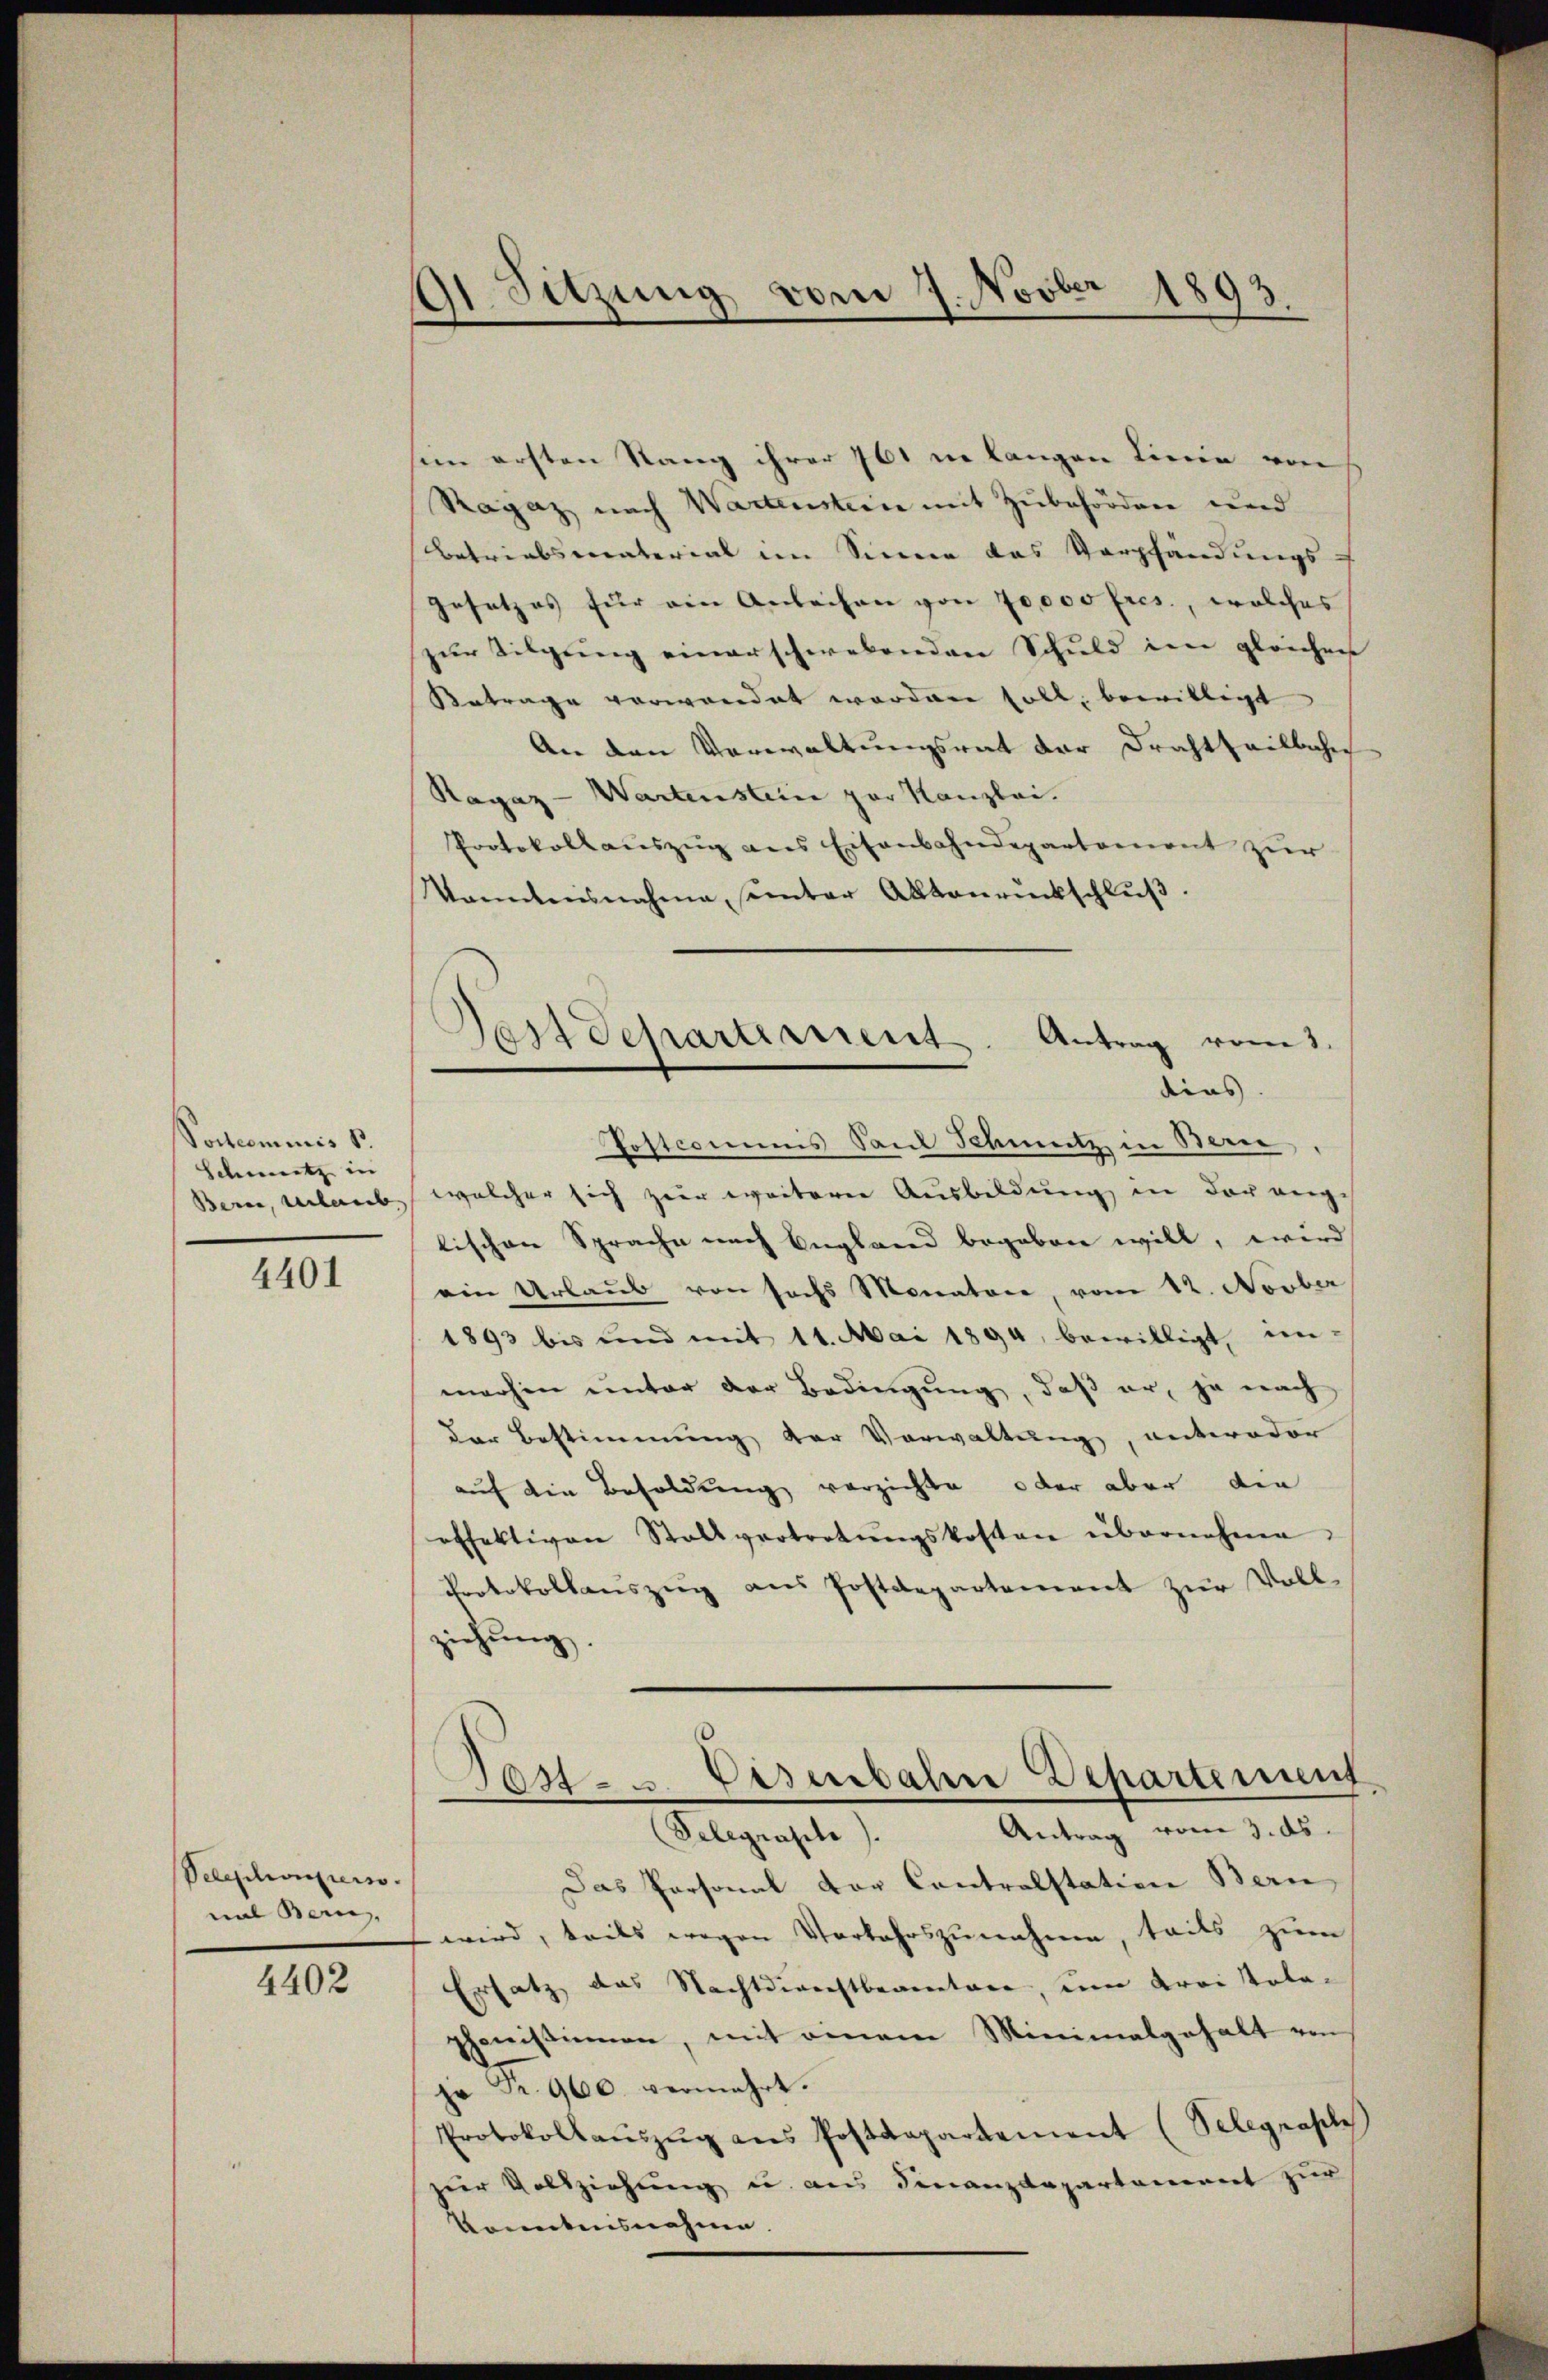
Poctcominis s.
Schneetz in
Bern, unterieb. |

4401

Pelephoniers.
nal Bern,

4402

Sitzung vom 7. Novber 1893.

sien ersten Rang ihrer 761 in langen Linie von
Ragaz nach Wartenstein mit Zubehördere und
Betriebsmaterial im Sinne das Verpfändungs-
Gesetzes für ein Anleihen von 70000 Ercs., welches
zur Tilgung einerschwebenden Schuld im gleichen
Betrage verwendet worden soll, bewilligt
An den Verwaltungsrat der Drahtheilbahn
Ragaz - Wartenstein zur Kanzlei.
Protokoll aŭszŭg ans Eisenbahndepartement zur
kanntensnahme santer Aktenrückschlŭβ

Postcommis Sand Schmutz in Bern
welcher sich zur weiterer Ausbildung in der ange
lischen Sprache nach England begaben will, wird
ein Urlaub von sechs Monatore, vom 22. Novber
1893 bis und mit 11. Mai 1894, bewilligt, im-
machen unter der Bedingung, daß er, ja nach
der Bestimmung der Vorwaltung, unteroder
auf die Besoldung verzichte, oder aber die
offektiven Stallvertretŭngskosten übernehme
Protokollaŭszŭg aŭs Postdepartement zur Vollziehung.

Fest Separtiment. Antrag vom 3.
dins

ast. Eisenbahre Departement
Antrag vom 3. ds.
Telegraphe).

Das Personal der Controlstation Bern,
wird, teils wegen Verbahrszunahme, teils zum
Ersatz das Nachtdienstbeamtere, um drei Kola-
phonistinen, mit einem Minimalgehalt von
jr Fr. 900. vermehrt.
Protokollaŭszŭg ans Postdepartement (Selegraph
zur Vollziehung u. aus Finanzdepartement zur
konntensnahme.